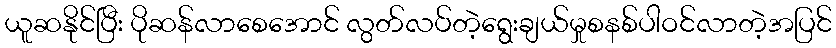
ယူဆနိုင်ပြီး ပိုဆန်လာစေအောင် လွတ်လပ်တဲ့ရွေးချယ်မှုစနစ်ပါဝင်လာတဲ့အပြင်